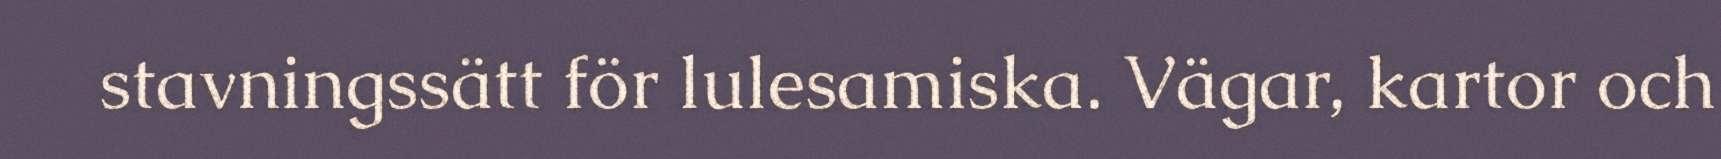
stavningssätt för lulesamiska. Vägar, kartor och